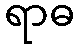
ရာဓ